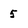
Character: 5